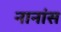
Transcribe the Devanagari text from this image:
नानांस